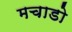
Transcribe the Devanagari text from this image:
मचाडो